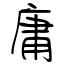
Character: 庸